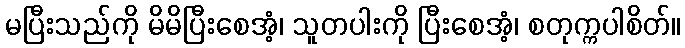
မပြီးသည်ကို မိမိပြီးစေအံ့၊ သူတပါးကို ပြီးစေအံ့၊ စတုက္ကပါစိတ်။